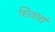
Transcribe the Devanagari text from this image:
शिवार्च